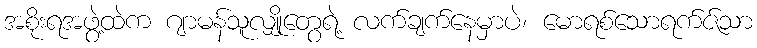
အစိုးရအဖွဲ့ထဲက ဂျာမန်သူလျှိုတွေရဲ့ လက်ချက်နေမှာပဲ၊ မောရစ်သောရက်ဇ်သာ